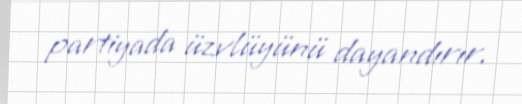
partiyada üzvlüyünü dayandırır.